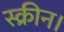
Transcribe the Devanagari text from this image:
स्क्रीन।